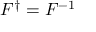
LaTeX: F ^ { \dagger } = F ^ { - 1 }